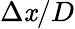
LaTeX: \Delta\mathit{x}/D